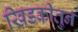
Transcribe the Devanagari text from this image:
खिडकीतुन